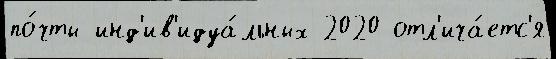
по́чты инд'ив'идуа́льных 2020 отл'ича́етс'я